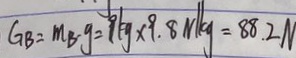
G B = m _ { B } \cdot g = 9 k g \times 9 . 8 N / k g = 8 8 . 2 N